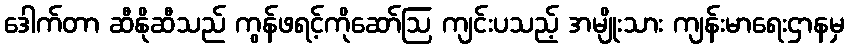
ဒေါက်တာ ဆီနိုဆီသည် ကွန်ဖရင့်ကိုဆော်ဩ ကျင်းပသည့် အမျိုးသား ကျန်းမာရေးဌာနမှ